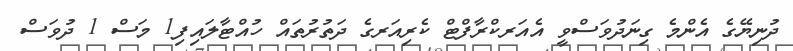
ދުނިޔޭގެ އެންމެ ގިނަދުވަސްވީ އެއަރކްރާފްޓް ކެރިއަރގެ ދަތުރުތައް ހުއްޓާލައިފި1 މަސް 1 ދުވަސް